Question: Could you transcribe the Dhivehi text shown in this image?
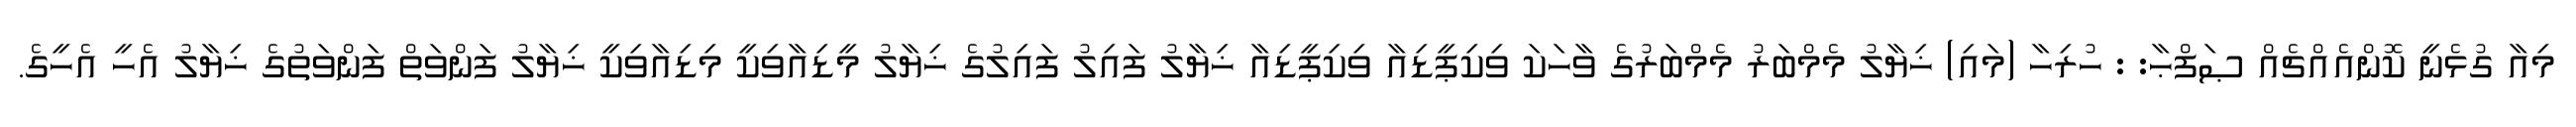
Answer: މިއާ ގުޅެނީ ކޮންއެއްޗެއް ޞަފްޙާ: : ހުރިހާ (މައި) ޚިޔާލު މެމްބަރު މެމްބަރުގެ ވާހަކަ ވިކިޕީޑިއާ ވިކިޕީޑިއާ ޚިޔާލު ފައިލު ފައިލުގެ ޚިޔާލު މީޑިއާވިކީ މިޑިއާވިކީ ޚިޔާލު ފަންވަތް ފަންވަތުގެ ޚިޔާލު އެހީ އެހީގެ.